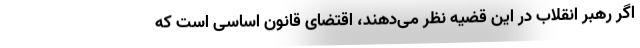
اگر رهبر انقلاب در این قضیه نظر می‌دهند، اقتضای قانون اساسی است که